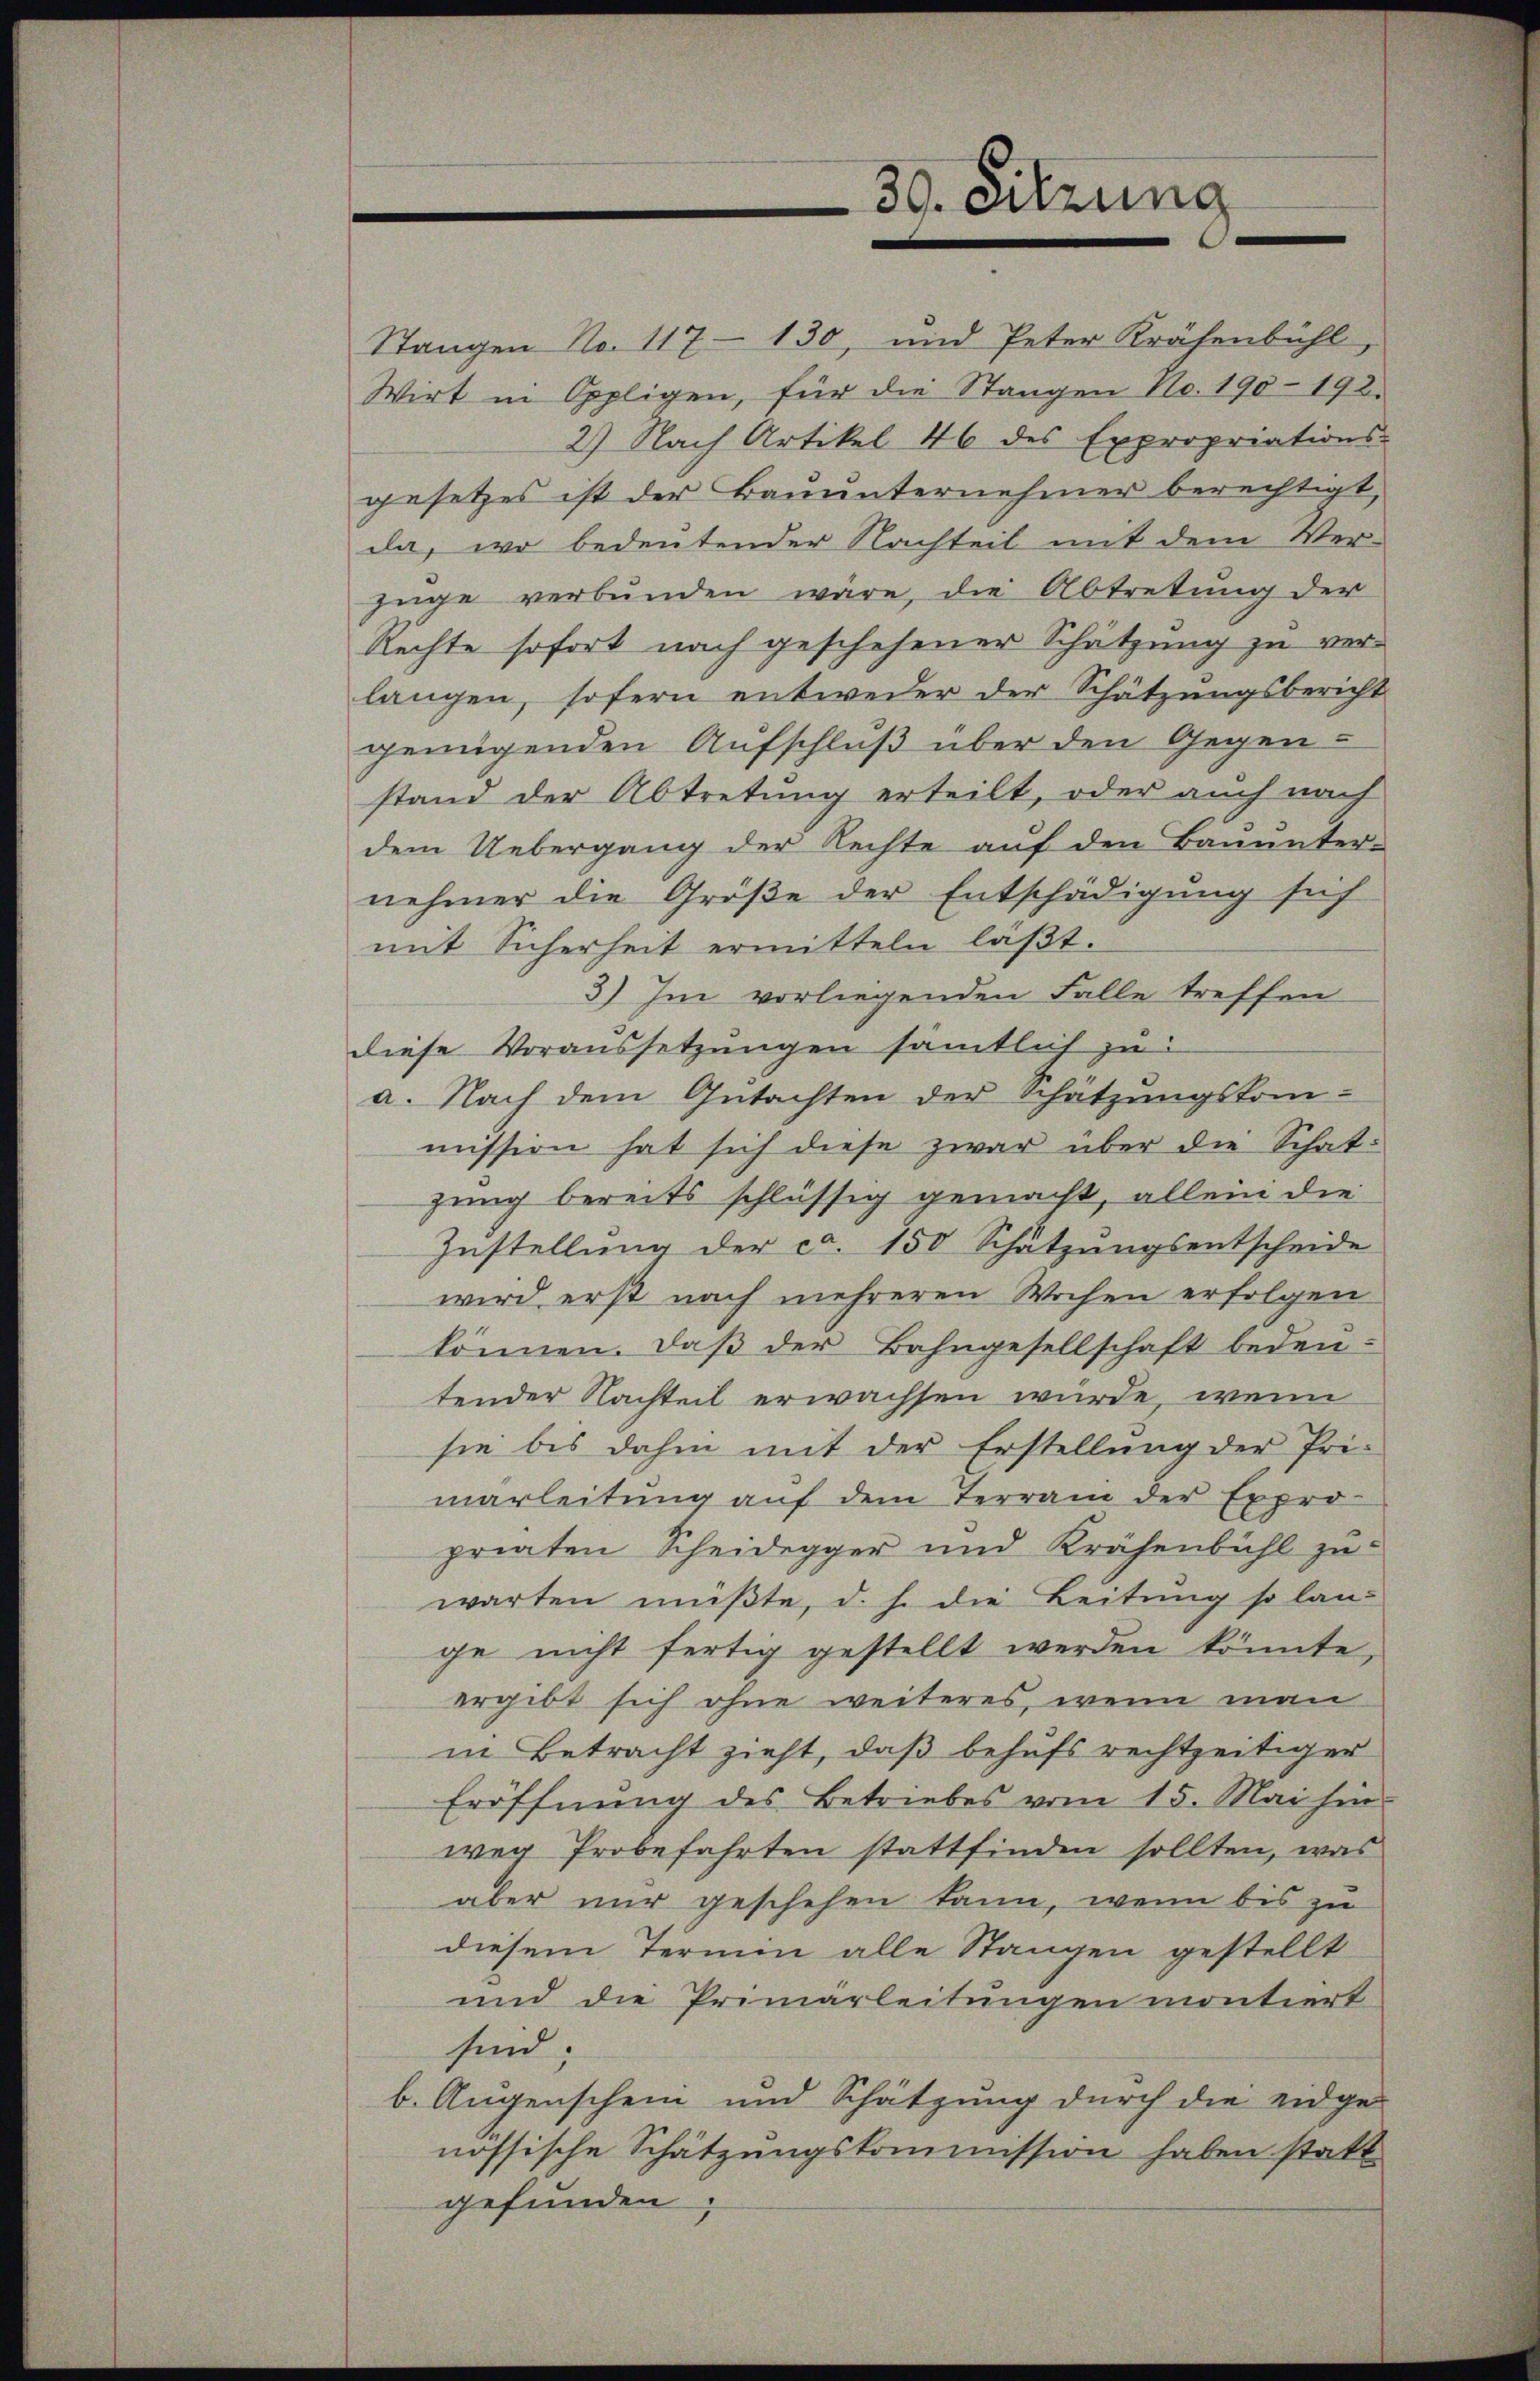
30. Sitzung

züge verbunden wäre, die Abtretung der
Rechte sofort nach geschehener Schätzung zu ver-
langen, sofern entweder der Schätzungsbericht
genügenden Aufschluß über den Gegen-
stand der Abtretung erteilt, oder auch nach
dem Uebergang der Rechte auf den Bauunter-
nehmer die Größe der Entschädigung sich
mit Sicherheit ermitteln läβt.
3) Im vorliegenden Falle treffen
diese Voraussetzungen sämtlich zu
a. Nach dem Gutachten der Schätzungskom-
mission hat sich diese zwar über die Schatzung bereits schlüssig gemacht, allein die
Zustellung der ca. 150 Schätzungsentscheide
wird erst nach mehreren Wochen erfolgen
können. Daß der Bahngesellschaft bedeu-
tender Nachteil erwachsen wurde, wenn
sie bis dahin mit der Erstellung der Pri-
marleitung auf dem Terrain der Expro
priaten Scheidegger und Krähenbühl zuwarten müßte, d. h. die Leitung so lan-
ge nicht fertig gestellt werden könnte,
ergibt sich ohne weiteres, wenn man
in Betracht zieht, daß behufs rechtzeitiger
Eröffnŭng des Betriebes vom 15. Mai hin
weg Probefahrten stattfinden sollten, was
aber nur geschehen kann, wenn bis zu
diesem Termin alle Stangen gestellt
und die Primarleitungen montiert
sind;
b. Augenschein und Schätzung durch die eidge-
nössische Schätzungskommission haben statt
gefunden.

Stangen No 117-130, und Peter Krähenbühl,
Wirt in Oppligen, für die Stangen No. 190-192.
2) Nach Artikel 46 des Expropriations-
gesetzes ist der Bauunternehmer berechtigt,
da, wo bedeutender Nachteil mit dem Ver-